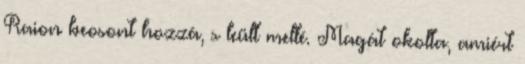
Raion beosont hozzá, s leült mellé. Magát okolta, amiért